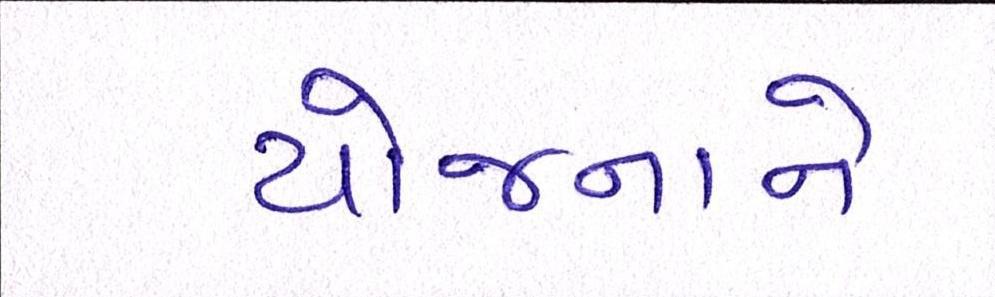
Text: યોજનાને